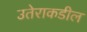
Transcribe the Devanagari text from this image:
उतेराकडील